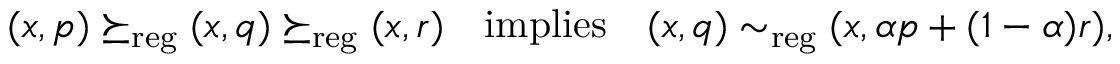
\begin{array} { r } { ( x , p ) \succeq _ { \mathrm { r e g } } ( x , q ) \succeq _ { \mathrm { r e g } } ( x , r ) \quad \mathrm { i m p l i e s } \quad ( x , q ) \sim _ { \mathrm { r e g } } ( x , \alpha p + ( 1 - \alpha ) r ) , } \end{array}